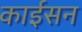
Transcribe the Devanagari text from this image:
काईसन